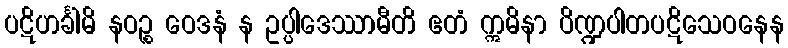
ပဋိဟင်္ခါမိ နဝဉ္စ ဝေဒနံ န ဥပ္ပါဒေဿာမီတိ ဧတံ ဣမိနာ ပိဏ္ဍပါတပဋိသေဝနေန